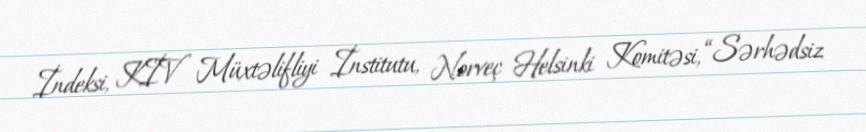
İndeksi, KİV Müxtəlifliyi İnstitutu, Norveç Helsinki Komitəsi, “Sərhədsiz